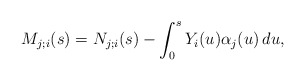
\begin{align*} M_{j;i}(s) = N_{j;i}(s) - \int_0^s Y_i(u) \alpha_{j}(u)\, du,\end{align*}